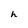
Character: h